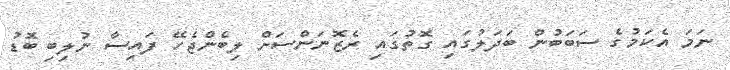
ނަމަ އެކަމުގެ ސަބަބުން ބަދަލުގައި ގޮތުގައި ރެޒޮނަންސަށް ލިބެންޖެހޭ ފައިސާ ނުލިބި ބޮޑު